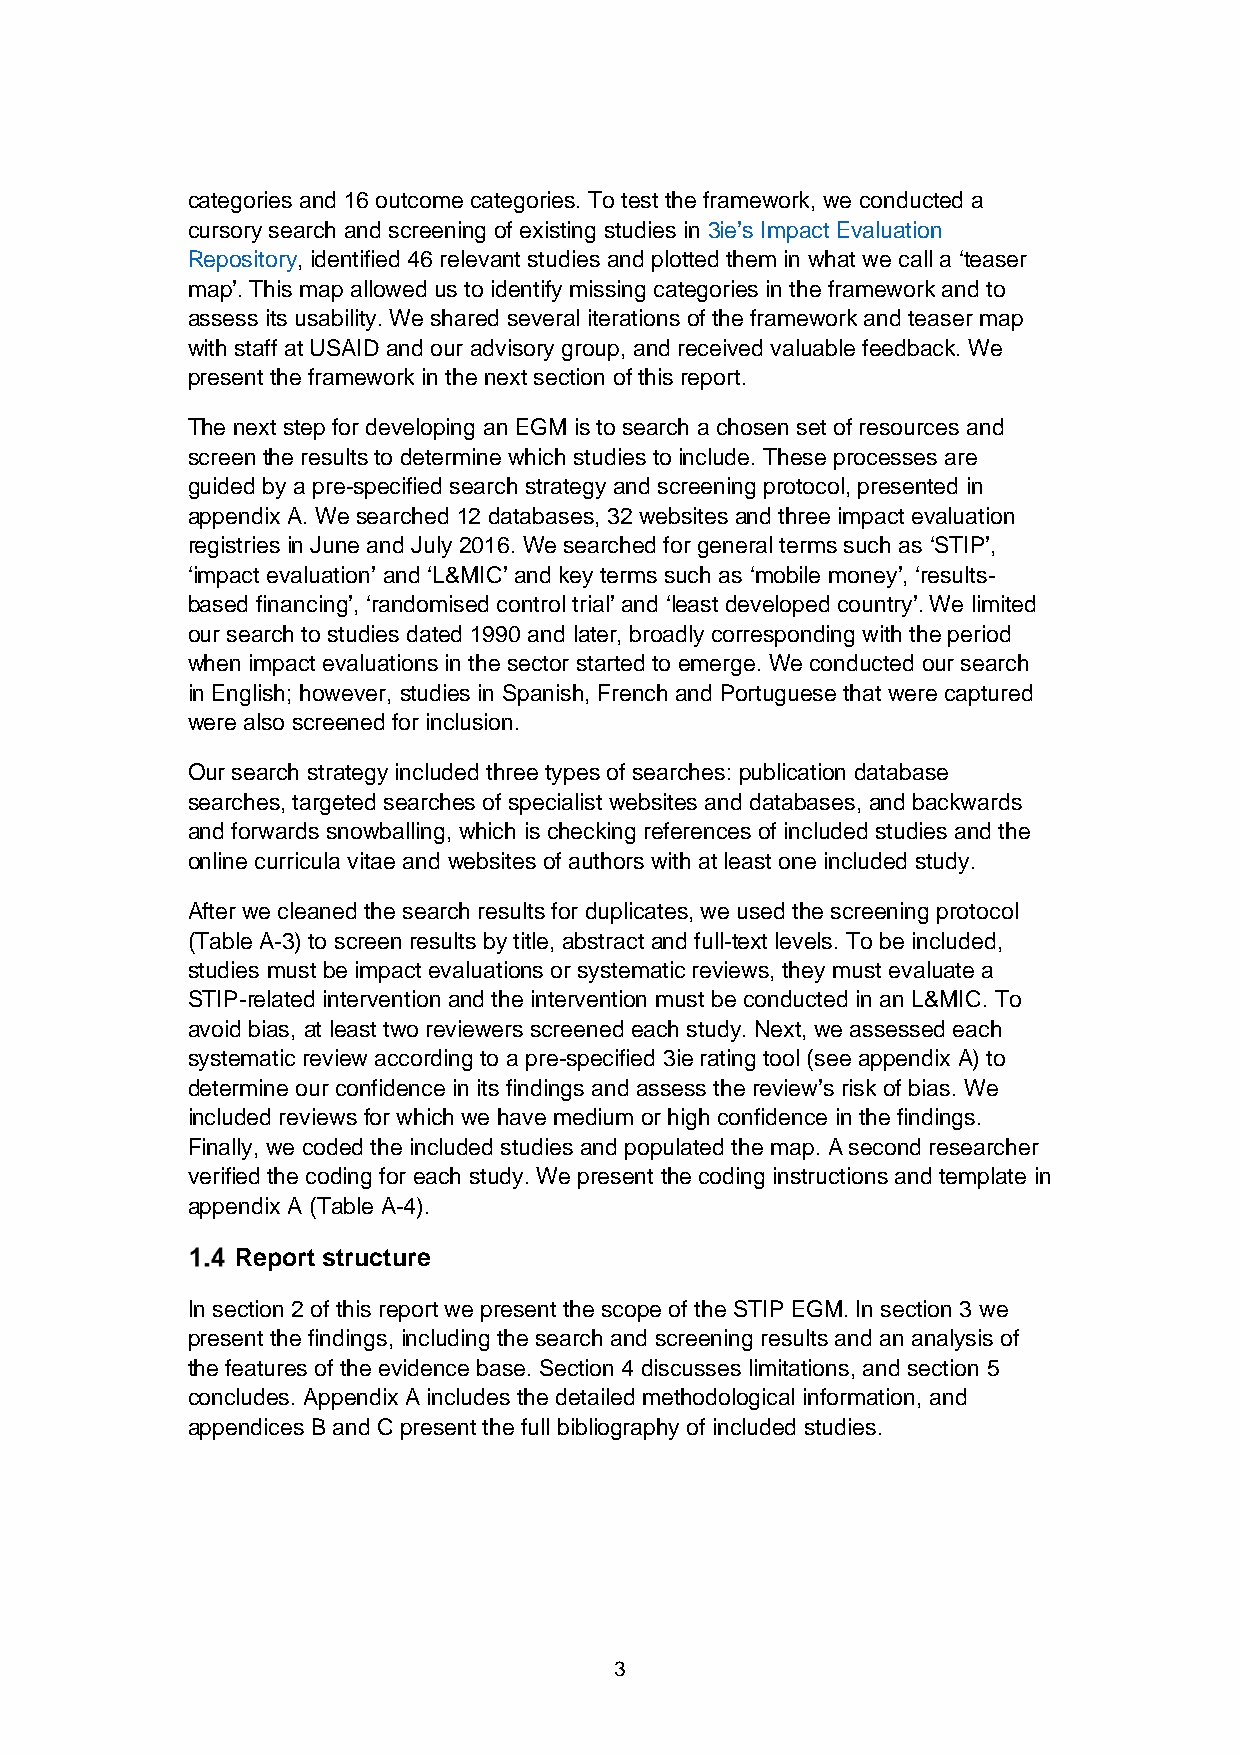
categories and 16 outcome categories. To test the framework, we conducted a
 cursory search and screening of existing studies in 3ie’s Impact Evaluation
 Repository, identified 46 relevant studies and plotted them in what we call a ‘teaser
 map’. This map allowed us to identify missing categories in the framework and to
 assess its usability. We shared several iterations of the framework and teaser map
 with staff at USAID and our advisory group, and received valuable feedback. We
 present the framework in the next section of this report.
 The next step for developing an EGM is to search a chosen set of resources and
 screen the results to determine which studies to include. These processes are
 guided by a pre-specified search strategy and screening protocol, presented in
 appendix A. We searched 12 databases, 32 websites and three impact evaluation
 registries in June and July 2016. We searched for general terms such as ‘STIP’,
 ‘impact evaluation’ and ‘L&MIC’ and key terms such as ‘mobile money’, ‘results-
 based financing’, ‘randomised control trial’ and ‘least developed country’. We limited
 our search to studies dated 1990 and later, broadly corresponding with the period
 when impact evaluations in the sector started to emerge. We conducted our search
 in English; however, studies in Spanish, French and Portuguese that were captured
 were also screened for inclusion.
 Our search strategy included three types of searches: publication database
 searches, targeted searches of specialist websites and databases, and backwards
 and forwards snowballing, which is checking references of included studies and the
 online curricula vitae and websites of authors with at least one included study.
 After we cleaned the search results for duplicates, we used the screening protocol
 (Table A-3) to screen results by title, abstract and full-text levels. To be included,
 studies must be impact evaluations or systematic reviews, they must evaluate a
 STIP-related intervention and the intervention must be conducted in an L&MIC. To
 avoid bias, at least two reviewers screened each study. Next, we assessed each
 systematic review according to a pre-specified 3ie rating tool (see appendix A) to
 determine our confidence in its findings and assess the review’s risk of bias. We
 included reviews for which we have medium or high confidence in the findings.
 Finally, we coded the included studies and populated the map. A second researcher
 verified the coding for each study. We present the coding instructions and template in
 appendix A (Table A-4).
 Report structure
 In section 2 of this report we present the scope of the STIP EGM. In section 3 we
 present the findings, including the search and screening results and an analysis of
 the features of the evidence base. Section 4 discusses limitations, and section 5
 concludes. Appendix A includes the detailed methodological information, and
 appendices B and C present the full bibliography of included studies.
 3